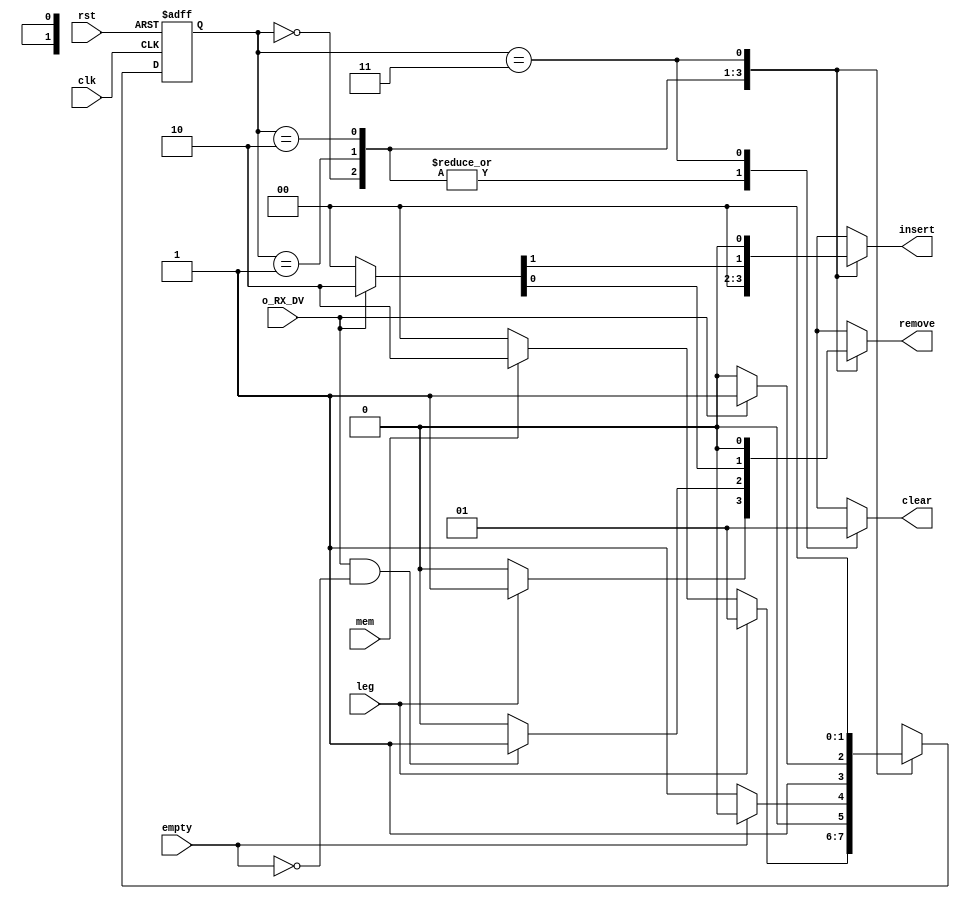
`timescale 1ns / 1ps
//////////////////////////////////////////////////////////////////////////////////
// Company: 
// 
// Design Name: 
// Module Name: Fsm_slave
// Project Name: 
// Target Devices: 
// Tool Versions: 
// Description: 
// 
// Dependencies: 
// 
// Revision:
// Revision 0.01 - File Created
// Additional Comments:
// 
//////////////////////////////////////////////////////////////////////////////////

//mem -> Richiede la memorizzazione del dato provveniente dalla SPI Slave
//leg -> Richiede la lettura dalla fifo di tutti i dati presenti in essa
//empty -> Notifica che la fifo  vuota
//clear -> svuota il registro reg_d_in
//insert -> Richiede inserimento dato presente in o_RX_Byte dell'SPI slave nella fifo
//remove -> Richiede rimozione dato dalla fifo

module Fsm_slave(
    input wire clk,rst,
    input wire mem,leg,empty,o_RX_DV,
    output reg clear,insert,remove
    );
    
    parameter IDLE = 2'b00, LEG = 2'b01, MEM = 2'b10, CLEAR = 2'b11;
    reg [1:0] state,state_nxt;
    
    always @(posedge clk, posedge rst)
    if (rst==1'b1) state <= IDLE;
    else state <= state_nxt;
    
    //Stato successivo
    always@(state,mem,leg,empty,o_RX_DV)
    case(state)
     IDLE:  if (leg==1'b1) state_nxt = LEG;
            else if(mem == 1'b1) state_nxt = MEM;
                else state_nxt = IDLE;
     LEG:  if (empty == 1'b1) state_nxt = IDLE;
           else state_nxt = LEG;
     MEM:  if(o_RX_DV == 1'b1) state_nxt = CLEAR;
           else state_nxt = MEM;
     CLEAR:  state_nxt = IDLE;
     default:  state_nxt = IDLE;
    endcase
    
    //Uscite di Moore
    always @(state)
    case(state)
     IDLE: clear = 1'b0;
     LEG: clear = 1'b0;
     MEM: clear = 1'b0;
     CLEAR: clear = 1'b1;
     default: clear = 1'b0;
    endcase
    
    //Uscite di Mealy
    always@(state,mem,leg,empty,o_RX_DV)
    case(state)
     IDLE: if(leg == 1'b1) {insert,remove} = 2'b01;
           else {insert,remove} = 2'b00;
     LEG: if(o_RX_DV == 1'b1 && empty == 1'b0) {insert,remove} = 2'b01;
          else {insert,remove} = 2'b00;
     MEM: if(o_RX_DV == 1'b1) {insert,remove} = 2'b10;     
          else {insert,remove} = 2'b00;
     CLEAR: {insert,remove} = 2'b00;
     default: {insert,remove} = 2'b00;  
    endcase
endmodule